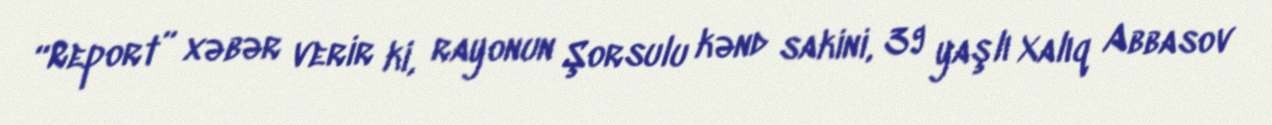
“Report” xəbər verir ki, rayonun Şorsulu kənd sakini, 39 yaşlı Xalıq Abbasov